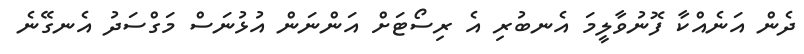
ދެން އަނެއްކާ ފޮނުވާލީމަ އެނބުރި އެ ރިސޯޓަށް އަންނަން އުޅުނަސް މަގްސަދު އެނގޭނެ